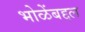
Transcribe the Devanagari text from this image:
भोळेंबद्दल